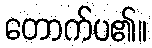
တောက်ပ၏။